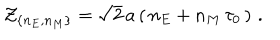
{ \cal Z } _ { \{ n _ { E } , n _ { M } \} } = \sqrt { 2 } \, a \left( \, n _ { E } + n _ { M } \, \tau _ { 0 } \, \right) \, .